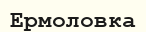
Ермоловка